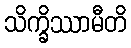
သိက္ခိဿာမီတိ